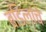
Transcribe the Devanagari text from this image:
बडिलांचे